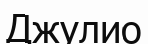
Джулио